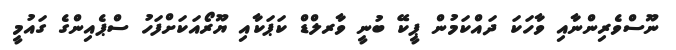
ނޫސްވެރިންނާއި ވާހަކަ ދައްކަމުން ޕީކޭ ބުނީ ވާރލްޑް ކަޕަކާއި ޔޫރޯއަކަށްފަހު ސްޕެއިންގެ ގައުމީ